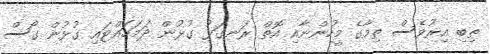
ތިބި އިރުވެސް ތިމާގެ މީހުންނާއި އޮތް ރަނގަޅު ގުޅުން ދަމަހައްޓައި ގުޅުން ގޯސް